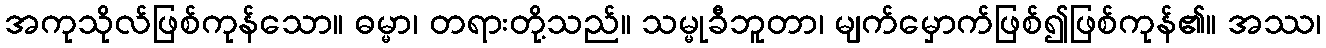
အကုသိုလ်ဖြစ်ကုန်သော။ ဓမ္မာ၊ တရားတို့သည်။ သမ္မုခီဘူတာ၊ မျက်မှောက်ဖြစ်၍ဖြစ်ကုန်၏။ အဿ၊